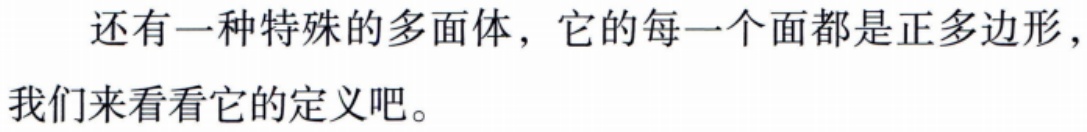
还有一种特殊的多面体，它的每一个面都是正多边形，我们来看看它的定义吧。